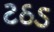
ટઠડ